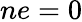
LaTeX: ne=0